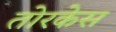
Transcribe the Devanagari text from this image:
तोरकेस